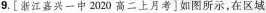
9.[浙江嘉兴一中2020高二上月考]如图所示，在区域